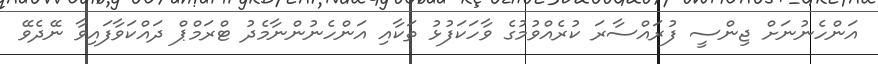
އަންހެނުނަށް ޖިންސީ ފުރައްސާރަ ކުރެއްވުމުގެ ވާހަކަފުޅު ތަކާއި އަންހެނުންނާމެދު ޓްރަމްޕް ދައްކަވާފައިވާ ނޭދެވޭ